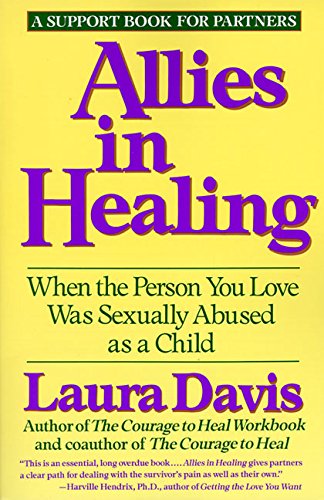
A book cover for Allies in Healing: When the Person You Love Was Sexually Abused as a Child; Laura Davis; Parenting & Relationships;